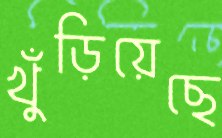
খুঁড়িয়েছে